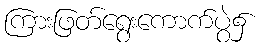
ကြားဖြတ်ရွေးကောက်ပွဲ၌